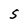
Character: S